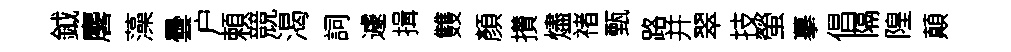
鉞麐藻曇户頼競渴詞遽揖䨇顏攅燼禇甄路并翠技螢摹倡隔隍顛